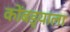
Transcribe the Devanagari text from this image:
कोंबड्याला